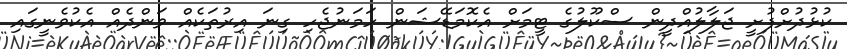
ކުޅުދުށްފުށީ ޖަލާލުއްދީން ސްކޫލުގެ ޓީމަށް އެކޮމަޑޭޝަން ހަމަނުޖެހި ގިނަ އިރުތަކެއް ވަންދެއް އެކުވެނީގައި